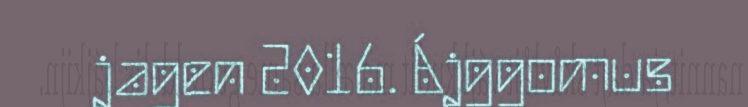
jagen 2016. Ájggomus